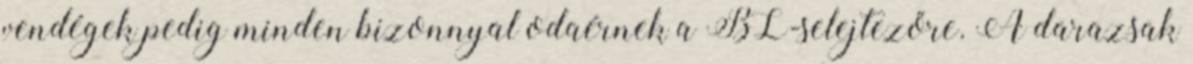
vendégek pedig minden bizonnyal odaérnek a BL-selejtezőre. A darazsak